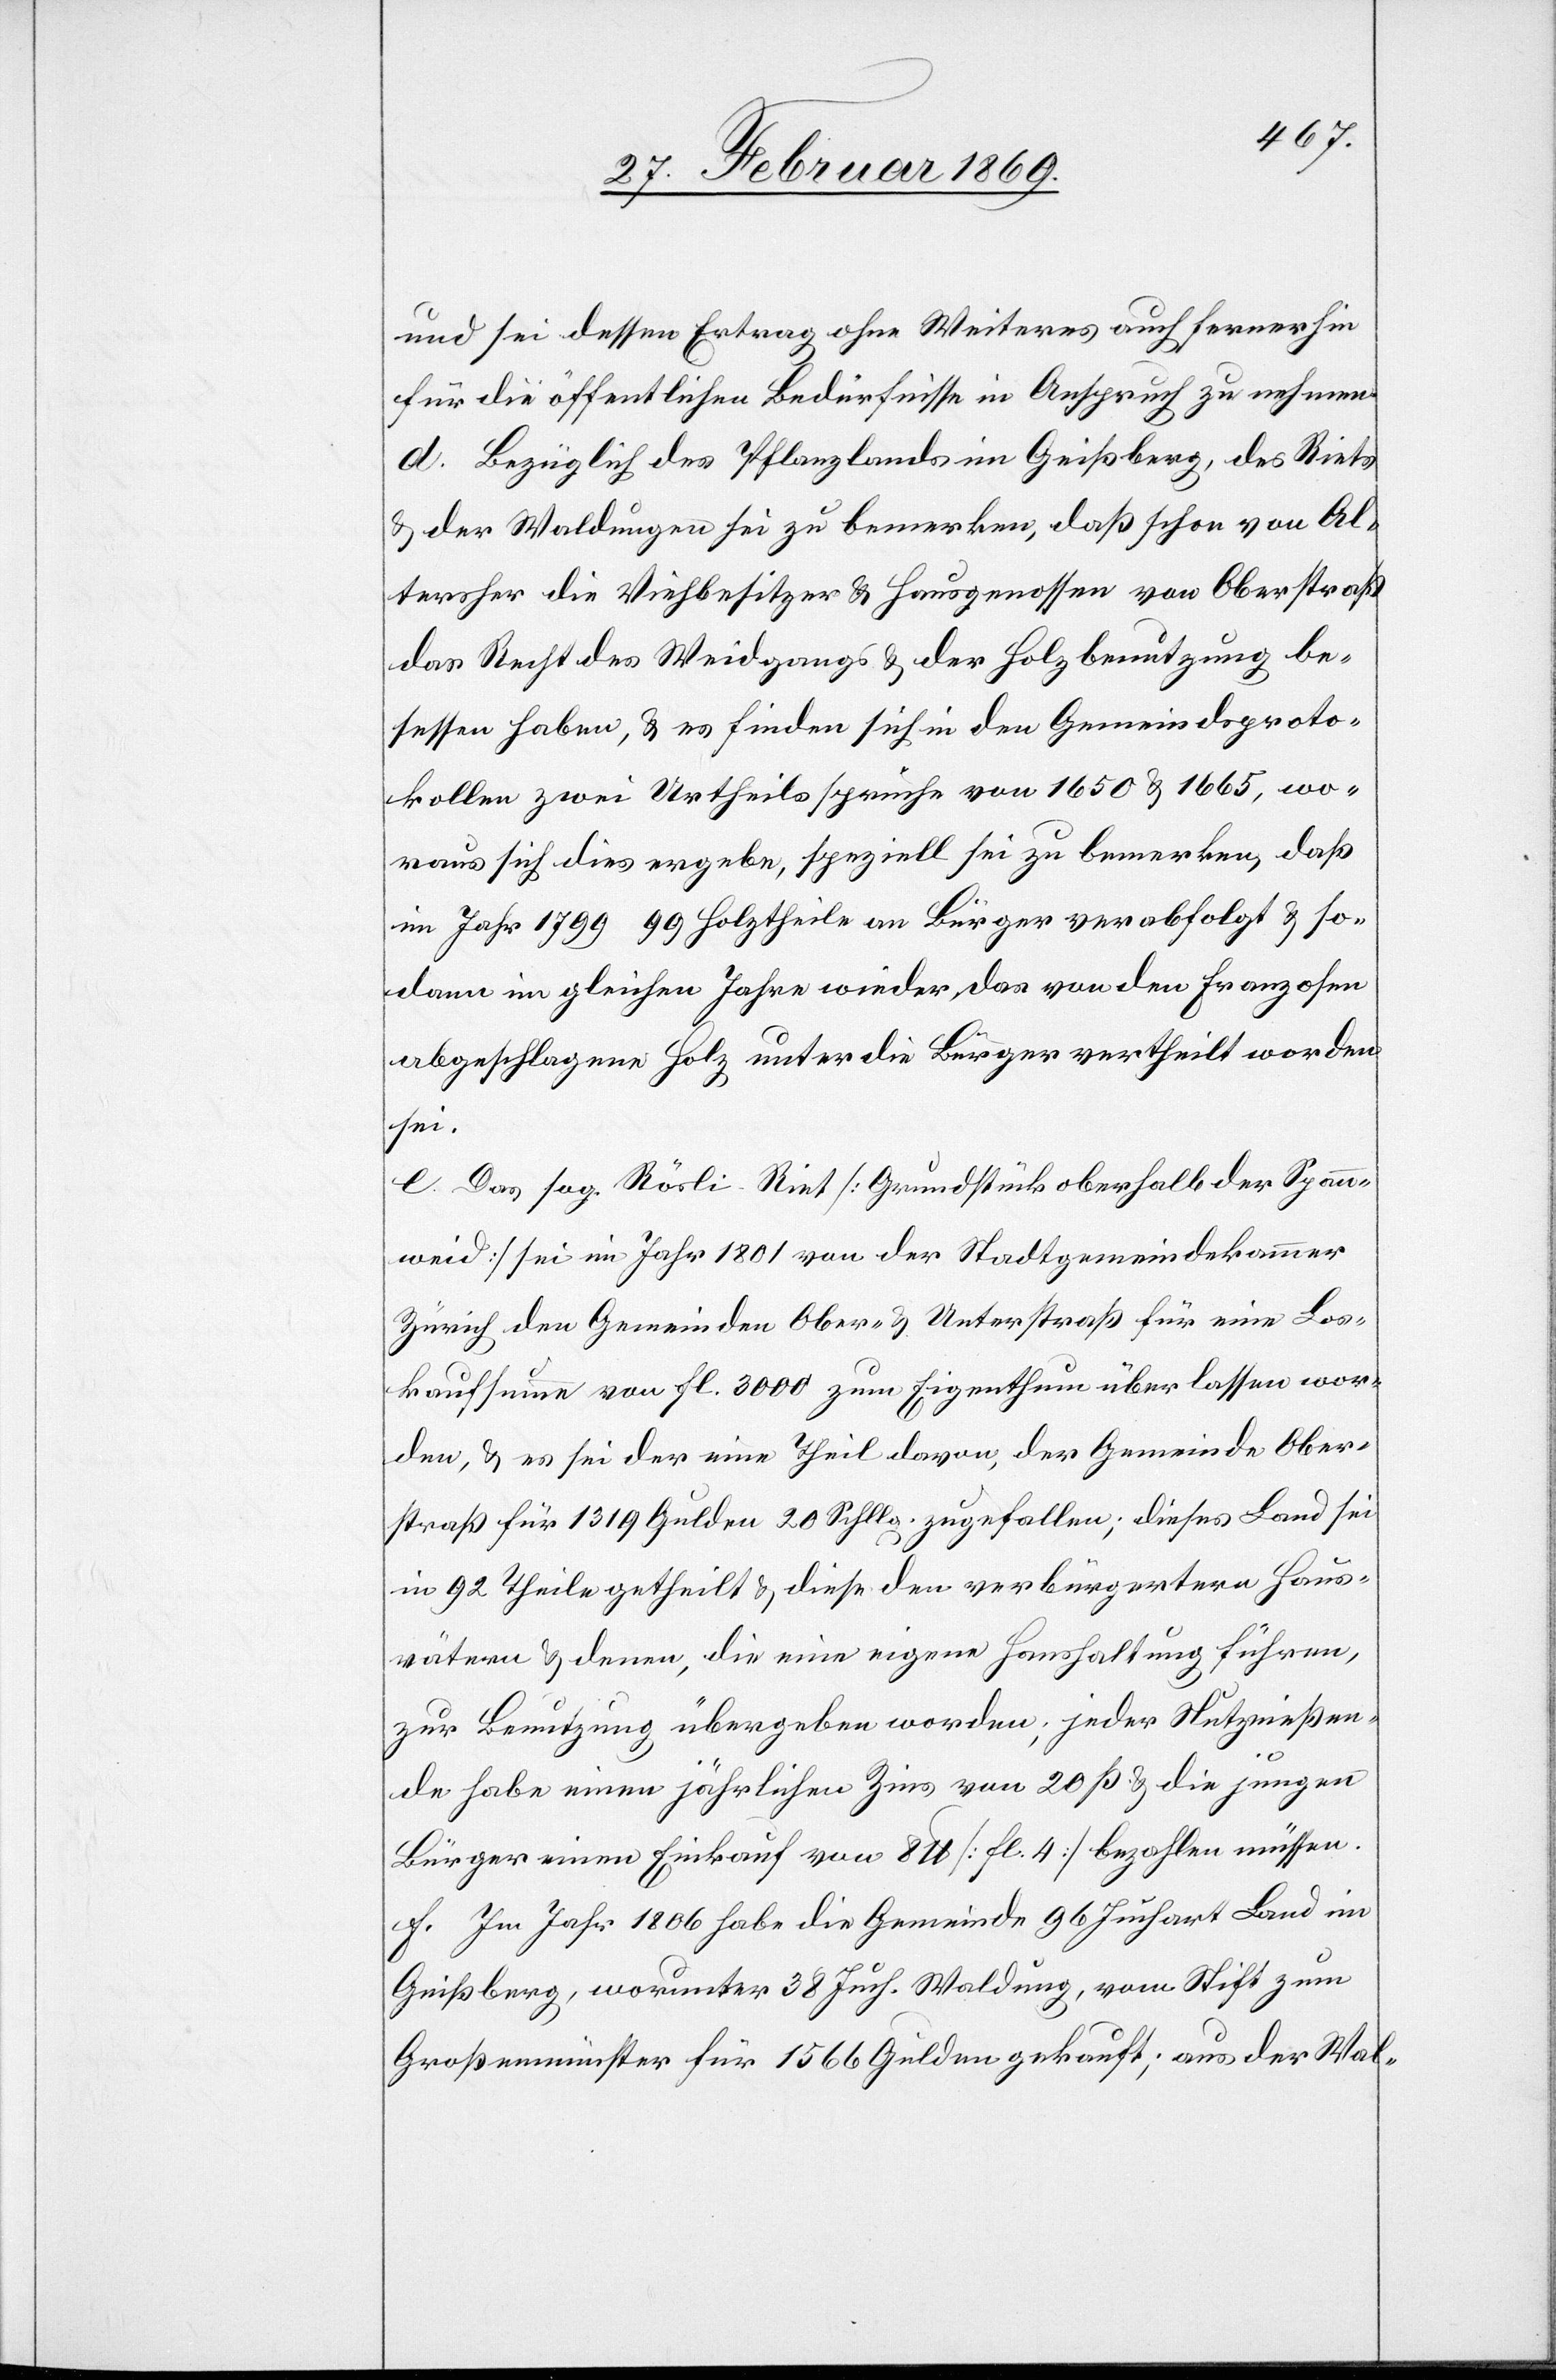
und sei dessen Ertrag ohne Weiteres auch fernerhin
für die öffentlichen Bedürfnisse in Anspruch zu nehmen.
d. Bezüglich des Pflanzlandes im Geißberg, des Riets
& der Waldungen sei zu bemerken, daß schon von Al¬
tersher die Viehbesitzer & Hausgenossen von Oberstraß
das Recht des Weidgangs & der Holzbenutzung be¬
sessen haben, & es finden sich in den Gemeindsproto¬
kollen zwei Urtheilssprüche von 1650 & 1665, wo¬
raus sich dies ergebe, speziell sei zu bemerken, daß
im Jahr 1799...99 Holztheile an Bürger verabfolgt & so¬
dann im gleichen Jahre wieder das von den Franzosen
abgeschlagene Holz unter die Bürger vertheilt worden
sei.
e. Das sog. Rösli Riet [Grundstück oberhalb der Spann¬
weid] sei im Jahr 1801 von der Stadtgemeindekammer
Zürich den Gemeinden Ober- & Unterstraß für eine Los¬
kaufsumme von fl. 3000 zum Eigenthum überlassen wor¬
den, & es sei der eine Theil davon, der Gemeinde Ober¬
straß für 1319 Gulden 20 Schllg. zugefallen; dieses Land sei
in 92 Theile getheilt & diese den verbürgerten Haus¬
vätern & denen, die eine eigene Haushaltung führen,
zur Benutzung übergeben worden; jeder Nutznießen¬
de habe einen jährlichen Zins von 20 ß & die jungen
Bürger einen Einkauf von 8 lb [fl 4] bezahlen müssen.
f. Im Jahr 1806 habe die Gemeinde 96 Juchart Land im
Geißberg, worunter 38 Juch. Waldung, vom Stift zum
Großmünster für 1566 Gulden gekauft; aus der Wal-